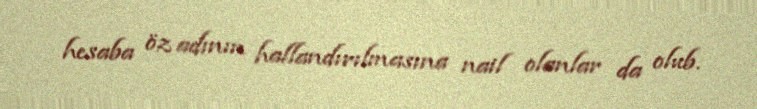
hesaba öz adının hallandırılmasına nail olanlar da olub.